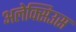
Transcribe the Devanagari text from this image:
अलेक्सिउस